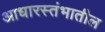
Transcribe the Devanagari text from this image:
आधारस्तंभातील